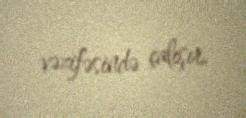
vəzifəsində çalışır.